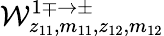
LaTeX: \mathcal{W}_{z_{11},m_{11},z_{12},m_{12}}^{1\mp\rightarrow\pm}